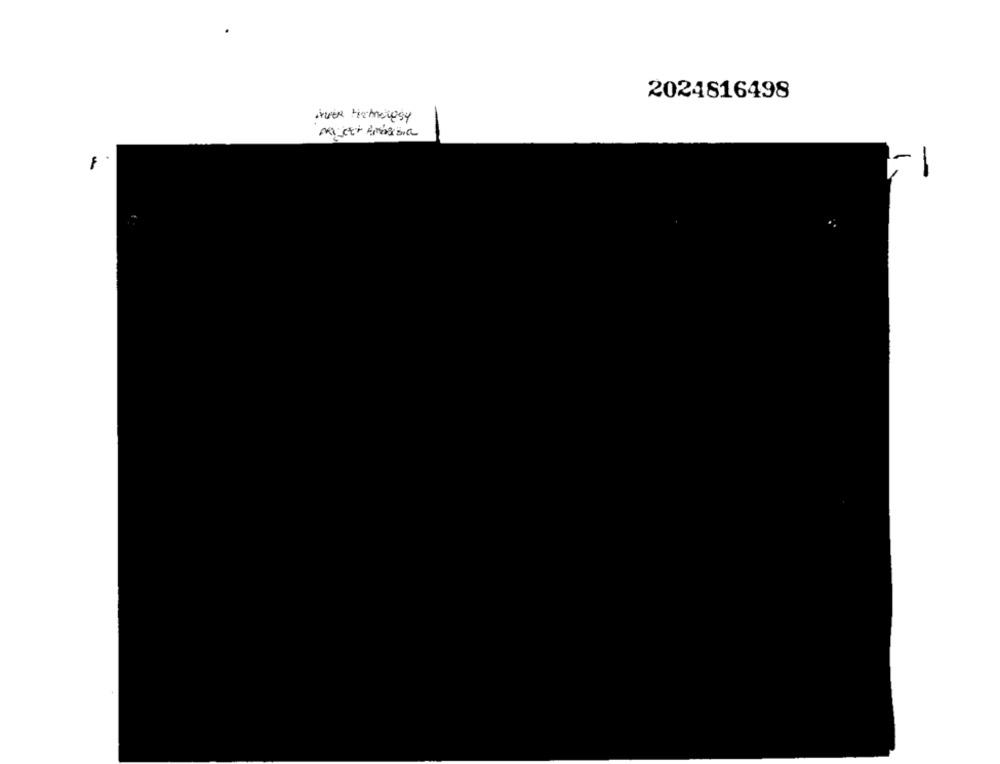
2024816498
Majest Amássia
-